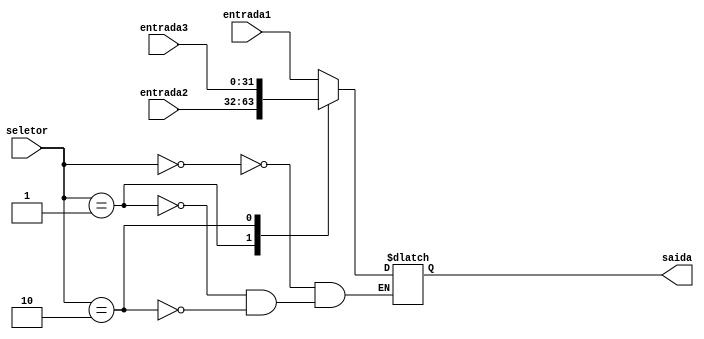
// Multiplexador de 3 entradas simples.
//
// MUX DE ENTRADAS DE 32 BITS
module mux32Bits3 (
  input wire [31:0] entrada1,
  input wire [31:0] entrada2,
  input wire [31:0] entrada3,
  input wire [1:0] seletor,
  output reg [31:0] saida
);

  always @(*) begin
    case (seletor)
      2'b00 : saida <= entrada1;
      2'b01 : saida <= entrada2;
      2'b10 : saida <= entrada3;
    endcase
  end

endmodule